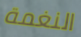
النغمة